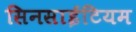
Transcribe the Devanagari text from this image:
सिनसाईटियम